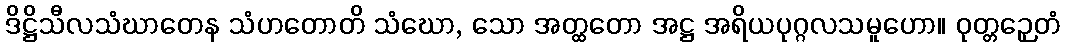
ဒိဋ္ဌိသီလသံဃာတေန သံဟတောတိ သံဃော, သော အတ္ထတော အဋ္ဌ အရိယပုဂ္ဂလသမူဟော။ ဝုတ္တဉှေတံ